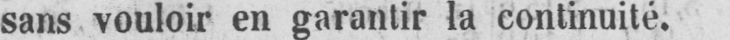
sans vouloir en garantir la continuité.